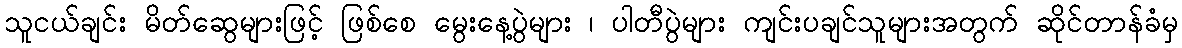
သူငယ်ချင်း မိတ်ဆွေများဖြင့် ဖြစ်စေ မွေးနေ့ပွဲများ ၊ ပါတီပွဲများ ကျင်းပချင်သူများအတွက် ဆိုင်တာန်ခံမှ